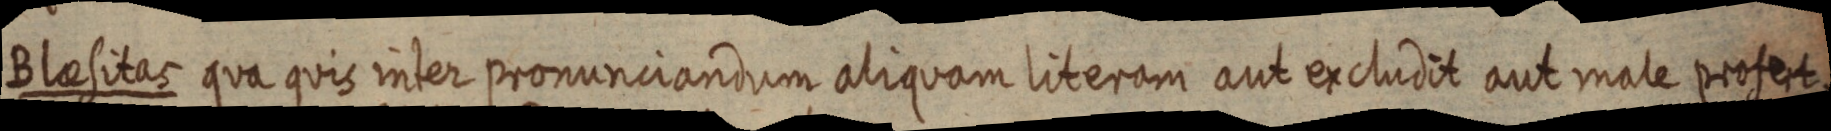
Blaesitas qua quis inter pronunciandum aliquam literam aut excludit aut male profert.